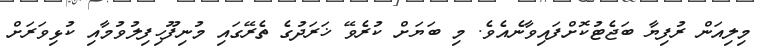
މިލިއަން ރުފިޔާ ބަޖެޓުކޮށްފައިވާނެއެވެ. މި ބަޔަށް ކުރެވޭ ޚަރަދުގެ ތެރޭގައި މުނިފޫހިފިލުވުމާއި ކުޅިވަރަށް